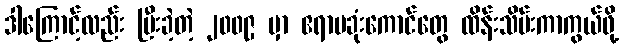
ဒါကြောင့်လည်း ပြီးခဲ့တဲ့ ၂၀၀၉ မှာ ဧရာမခုံးကောင်တွေ ထိန်းသိမ်းကာကွယ်ဖို့